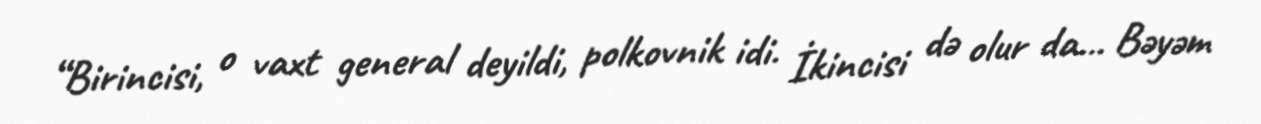
“Birincisi, o vaxt general deyildi, polkovnik idi. İkincisi də olur da... Bəyəm